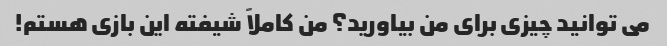
می توانید چیزی برای من بیاورید؟ من کاملاً شیفته این بازی هستم!